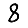
Digit: 8